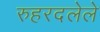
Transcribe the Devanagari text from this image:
रुहरदलेले